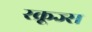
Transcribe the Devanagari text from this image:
स्क्रूज्स